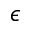
\epsilon